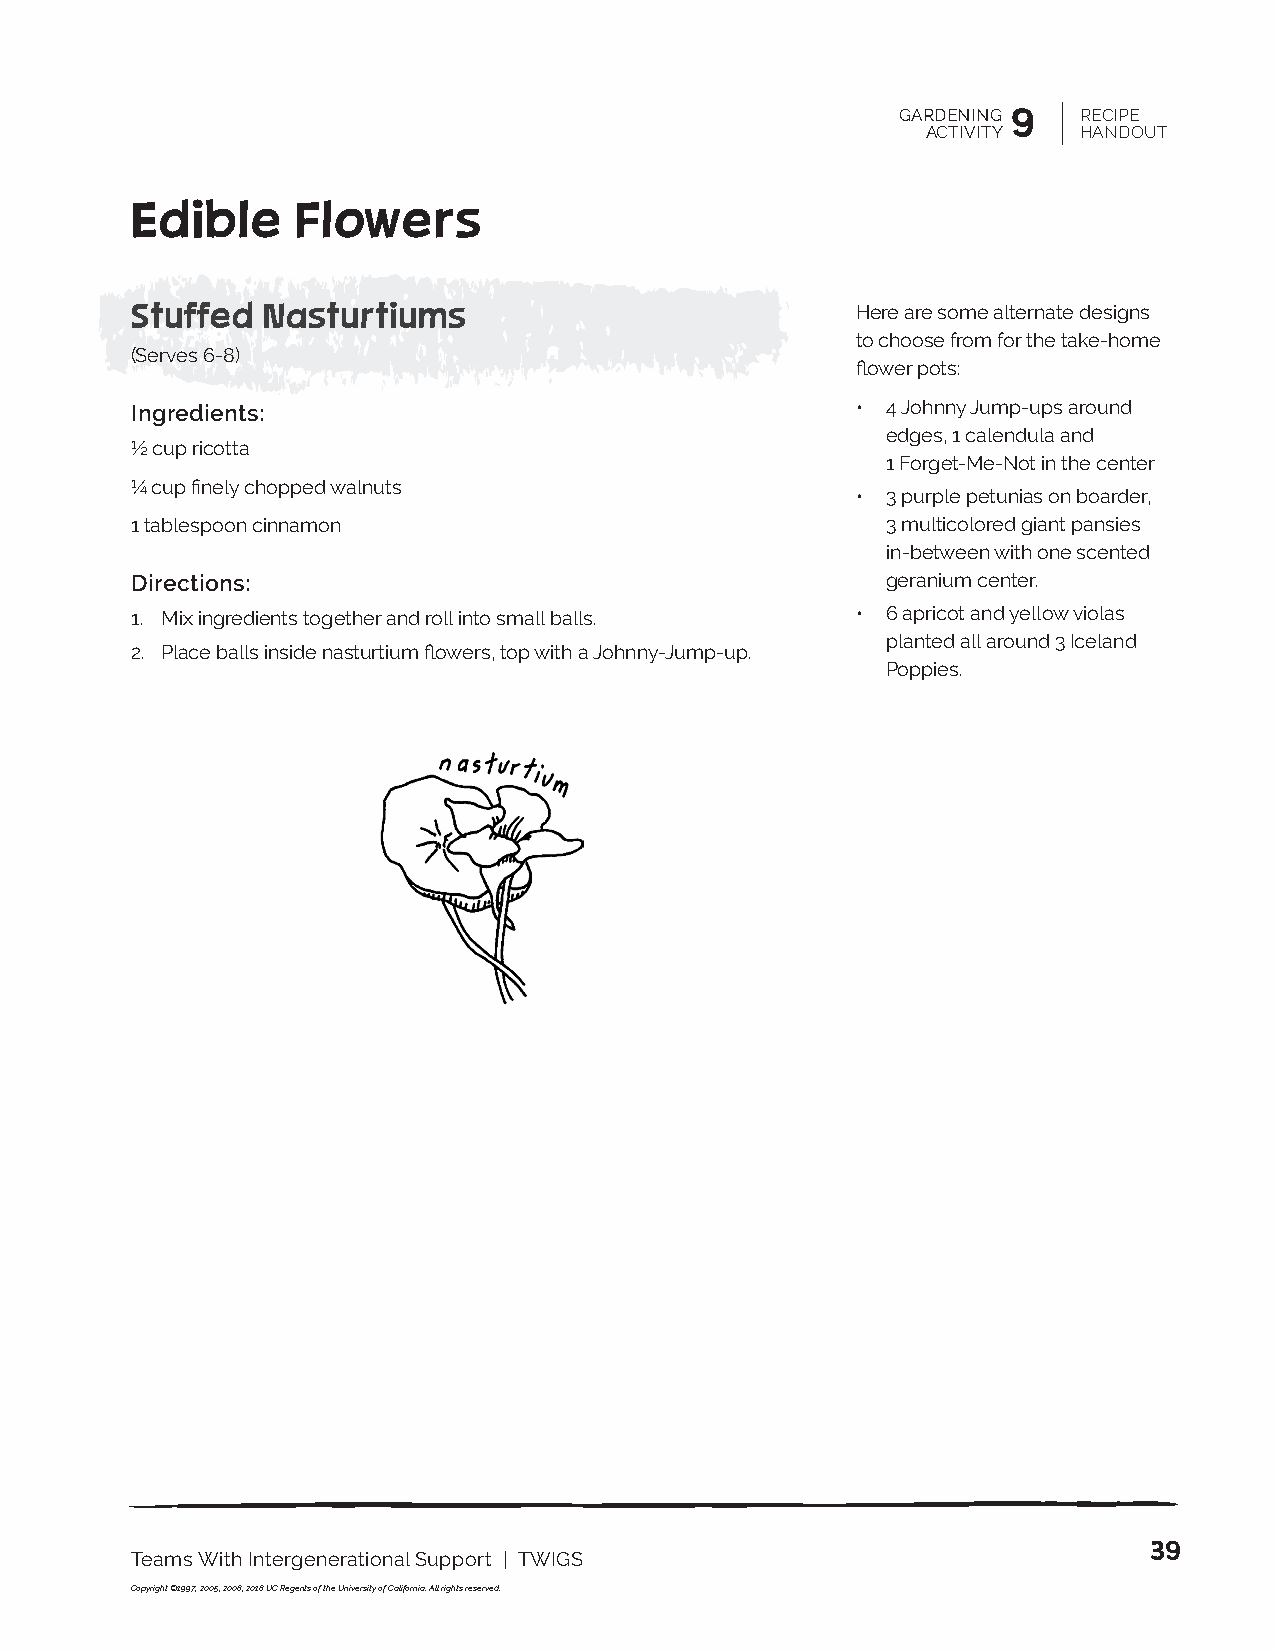
GARDENING 9 RECIPE
 ACTIVITY  HANDOUT
 Edible     Flowers
 Stuffed Nasturtiums                             Here are some alternate designs
 to choose from for the take-home
 (Serves 6-8)
 flower pots:
 Ingredients:                                    • 4 Johnny Jump-ups around
 edges, 1 calendula and
 ½ cup ricotta
 1 Forget-Me-Not in the center
 ¼ cup finely chopped walnuts
 • 3 purple petunias on boarder,
 1 tablespoon cinnamon                             3 multicolored giant pansies
 in-between with one scented
 Directions:                                       geranium center.
 1. Mix ingredients together and roll into small balls. • 6 apricot and yellow violas
 planted all around 3 Iceland
 2. Place balls inside nasturtium flowers, top with a Johnny-Jump-up.
 Poppies.
 39
 Teams With Intergenerational Support | TWIGS
 Copyright ©1997, 2005, 2008, 2018 UC Regents of the University of California. All rights reserved.